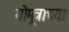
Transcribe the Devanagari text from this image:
गोमूत्राच्या